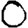
Digit: 0